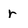
Character: r